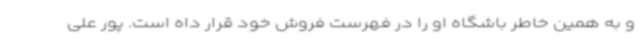
و به همین خاطر باشگاه او را در فهرست فروش خود قرار داه است. پور علی